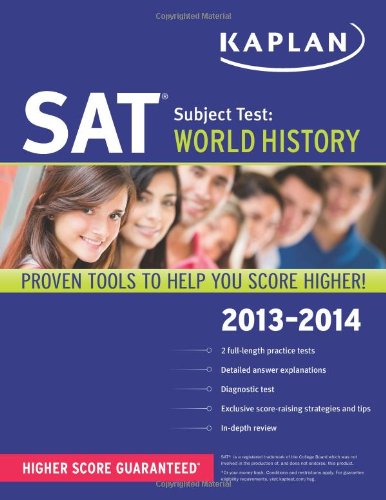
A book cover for Kaplan SAT Subject Test World History 2013-2014 (Kaplan Test Prep); Kaplan; Test Preparation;